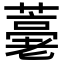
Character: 𦽡